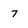
Character: 7